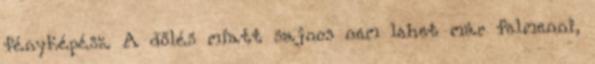
fényképész. A dőlés miatt sajnos nem lehet már felmenni,